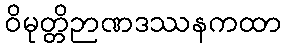
ဝိမုတ္တိဉာဏဒဿနကထာ